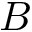
B